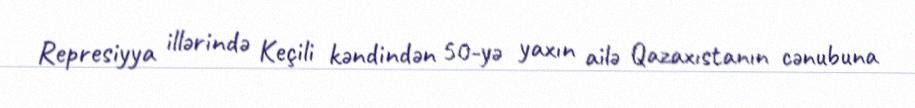
Represiyya illərində Keçili kəndindən 50-yə yaxın ailə Qazaxıstanın cənubuna